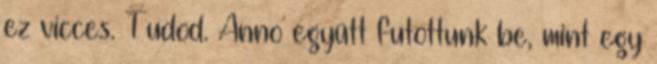
ez vicces. Tudod. Anno együtt futottunk be, mint egy